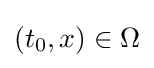
(t_{0},x)\in \Omega